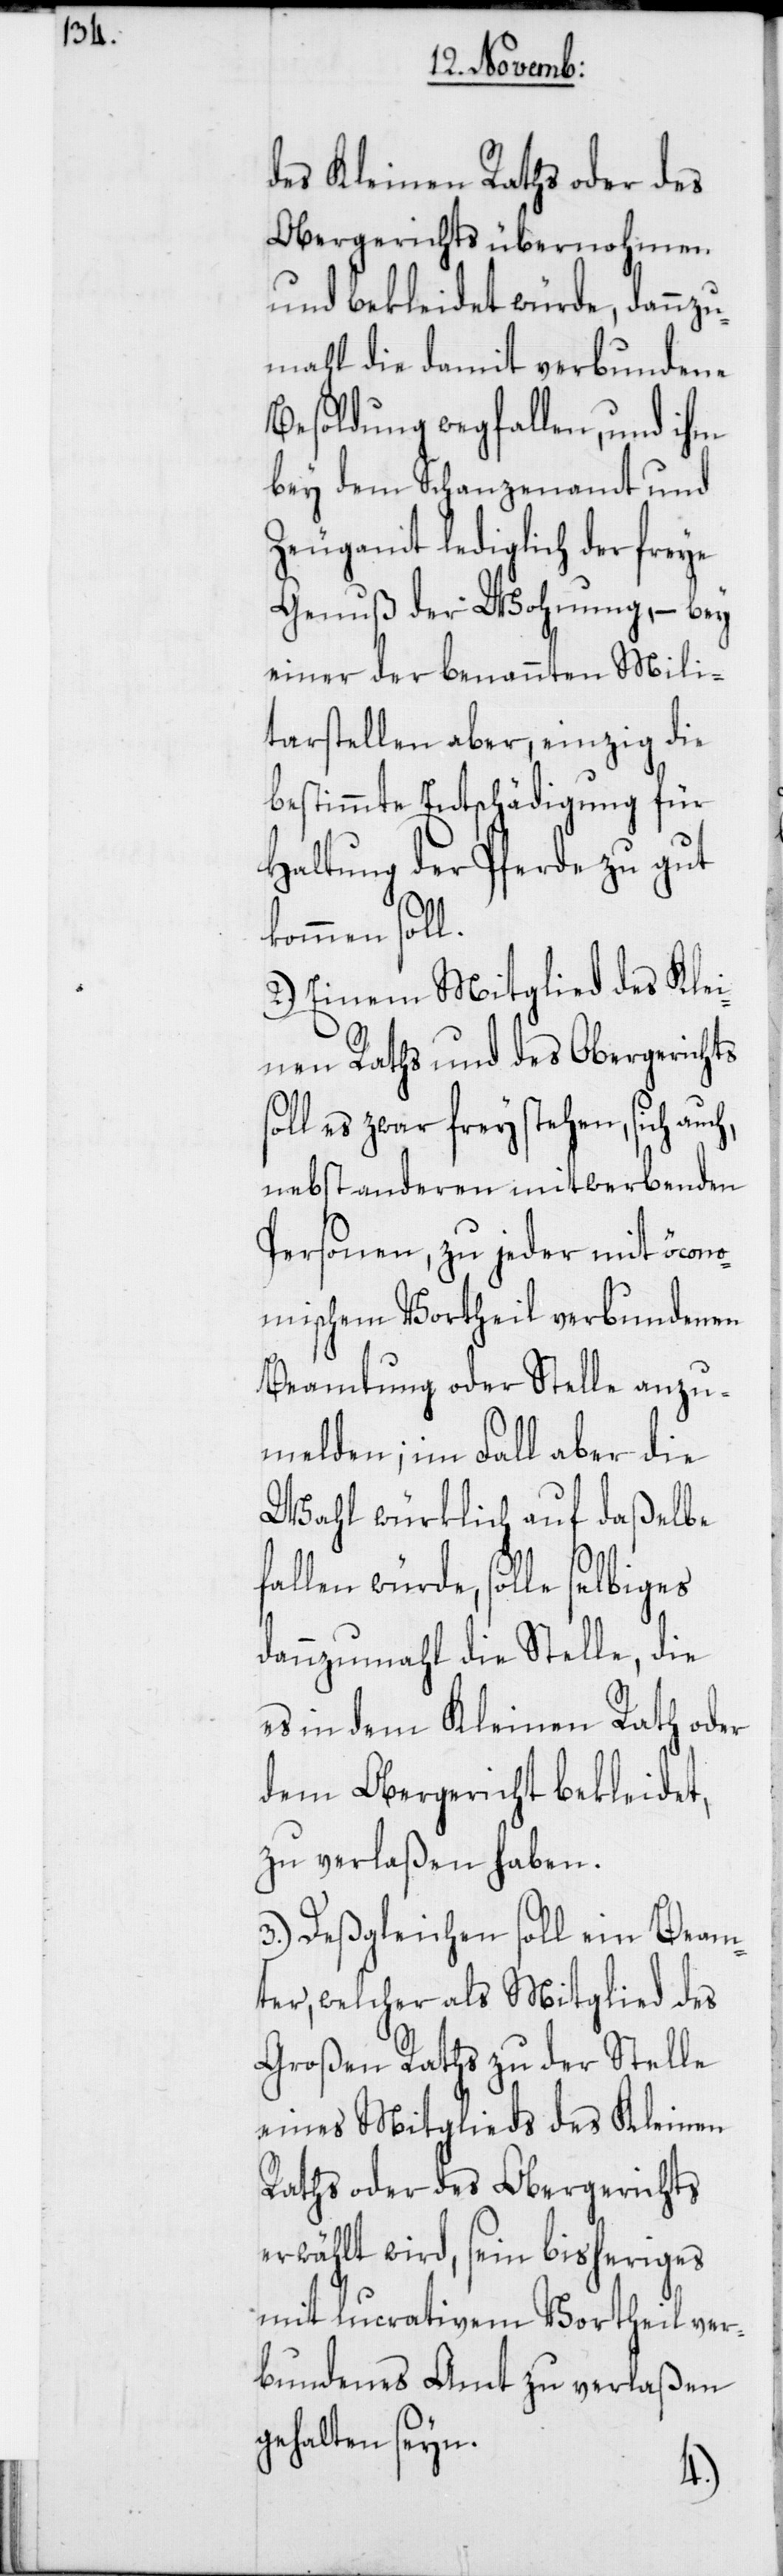
des Kleinen Raths oder des
Obergerichts übernohmen
und bekleidet würde, dannzu¬
mahl die damit verbundene
Besoldung wegfallen, und ihm
bey dem Schanzenamt und
Zeugamt lediglich der freye
Genuß der Wohnung, – bey
einer der benannten Mili¬
tarstellen aber, einzig die
bestimmte Entschädigung für
Haltung der Pferde zu gut
kommen soll.
2.) Einem Mitglied des Klei¬
nen Raths und des Obergerichts
es zwar frey stehen, sich auc¬
nebst anderen mitwerbenden
Personen, zu jeder mit öcono¬
mischem Vortheil verbundenen
Beamtung oder Stelle anzu¬
melden; im Fall aber die
Wahl würklich auf daßelbe
fallen würde, solle
dannzumahl die Stellte, die
es in dem Kleinen Rath oder
dem Obergericht bekleidet,
zu verlaßen haben.
3.) Deßgleichen soll ein Beam¬
ter, welcher als Mitglied des
Großen Raths zu der Stelle
eines Mitglieds des Kleinen
Raths oder des Obergerichts
erwählt wird, sein bisheriges
mit lucrativem Vortheil ver¬
bundenes Amt zu verlaßen
gehalten seyn.
h,